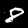
Label: 8